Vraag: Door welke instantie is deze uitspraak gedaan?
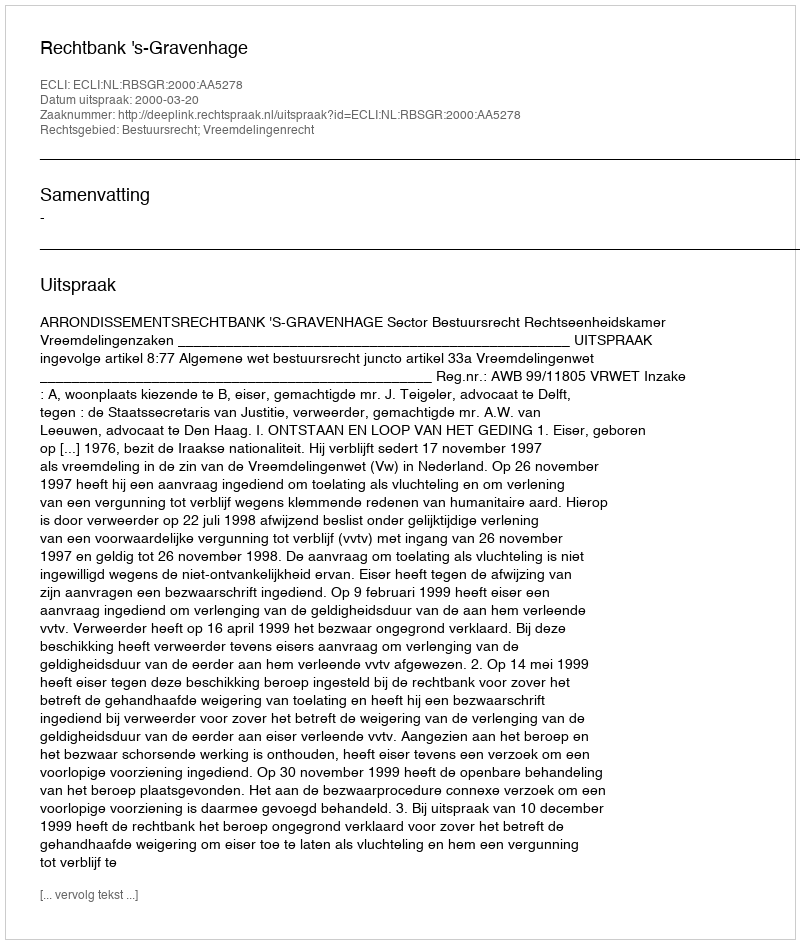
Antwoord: Rechtbank 's-Gravenhage